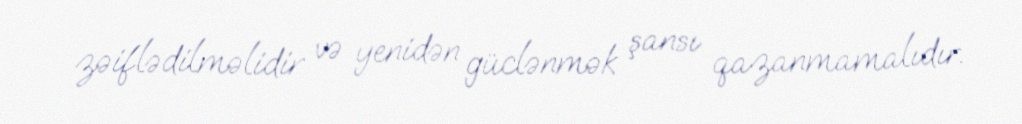
zəiflədilməlidir və yenidən güclənmək şansı qazanmamalıdır.